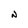
Character: N